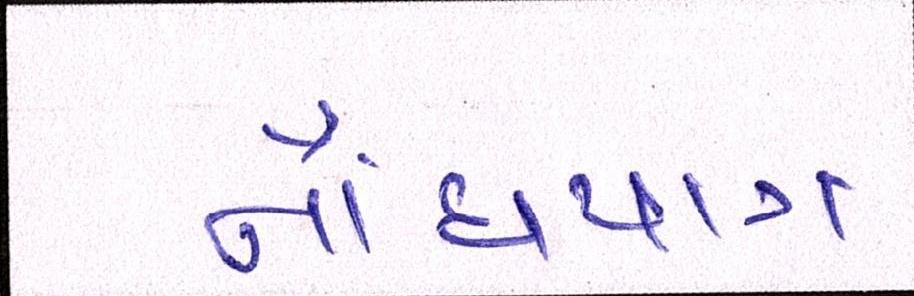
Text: નોંધપાત્ર